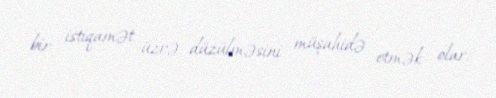
bir istiqamət üzrə düzülməsini müşahidə etmək olar.